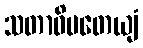
သတာဓိပတေယျံ